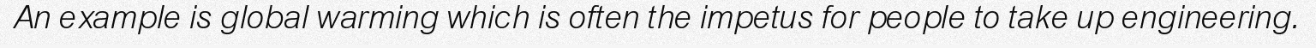
An example is global warming which is often the impetus for people to take up engineering.